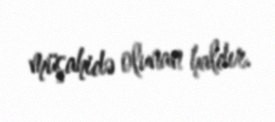
müşahidə olunan haldır.